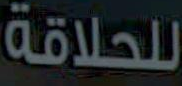
للحلاقة